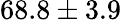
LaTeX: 68.8\pm 3.9